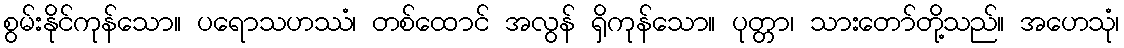
စွမ်းနိုင်ကုန်သော။ ပရောသဟဿံ၊ တစ်ထောင် အလွန် ရှိကုန်သော။ ပုတ္တာ၊ သားတော်တို့သည်။ အဟေသုံ၊